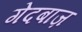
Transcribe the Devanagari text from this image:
गेदबाज़